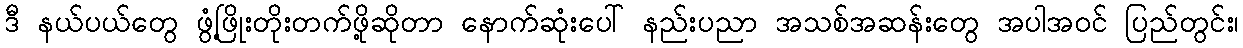
ဒီ နယ်ပယ်တွေ ဖွံ့ဖြိုးတိုးတက်ဖို့ဆိုတာ နောက်ဆုံးပေါ် နည်းပညာ အသစ်အဆန်းတွေ အပါအဝင် ပြည်တွင်း၊